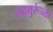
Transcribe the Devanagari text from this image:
सद्‍गुरूंच्या